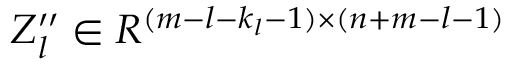
Z _ { l } ^ { \prime \prime } \in R ^ { ( m - l - k _ { l } - 1 ) \times ( n + m - l - 1 ) }